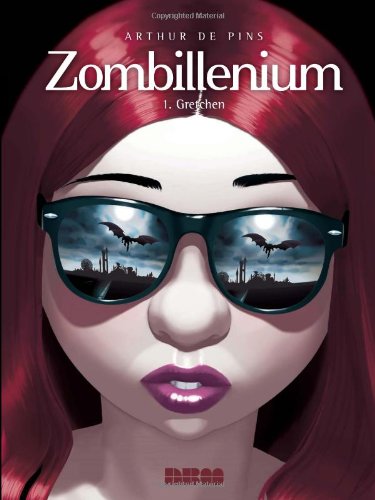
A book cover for Zombillenium: Gretchen; Arthur de Pins; Comics & Graphic Novels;